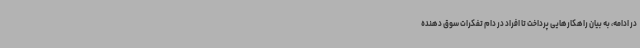
در ادامه، به بیان راهکارهایی پرداخت تا افراد در دام تفکرات سوق دهنده